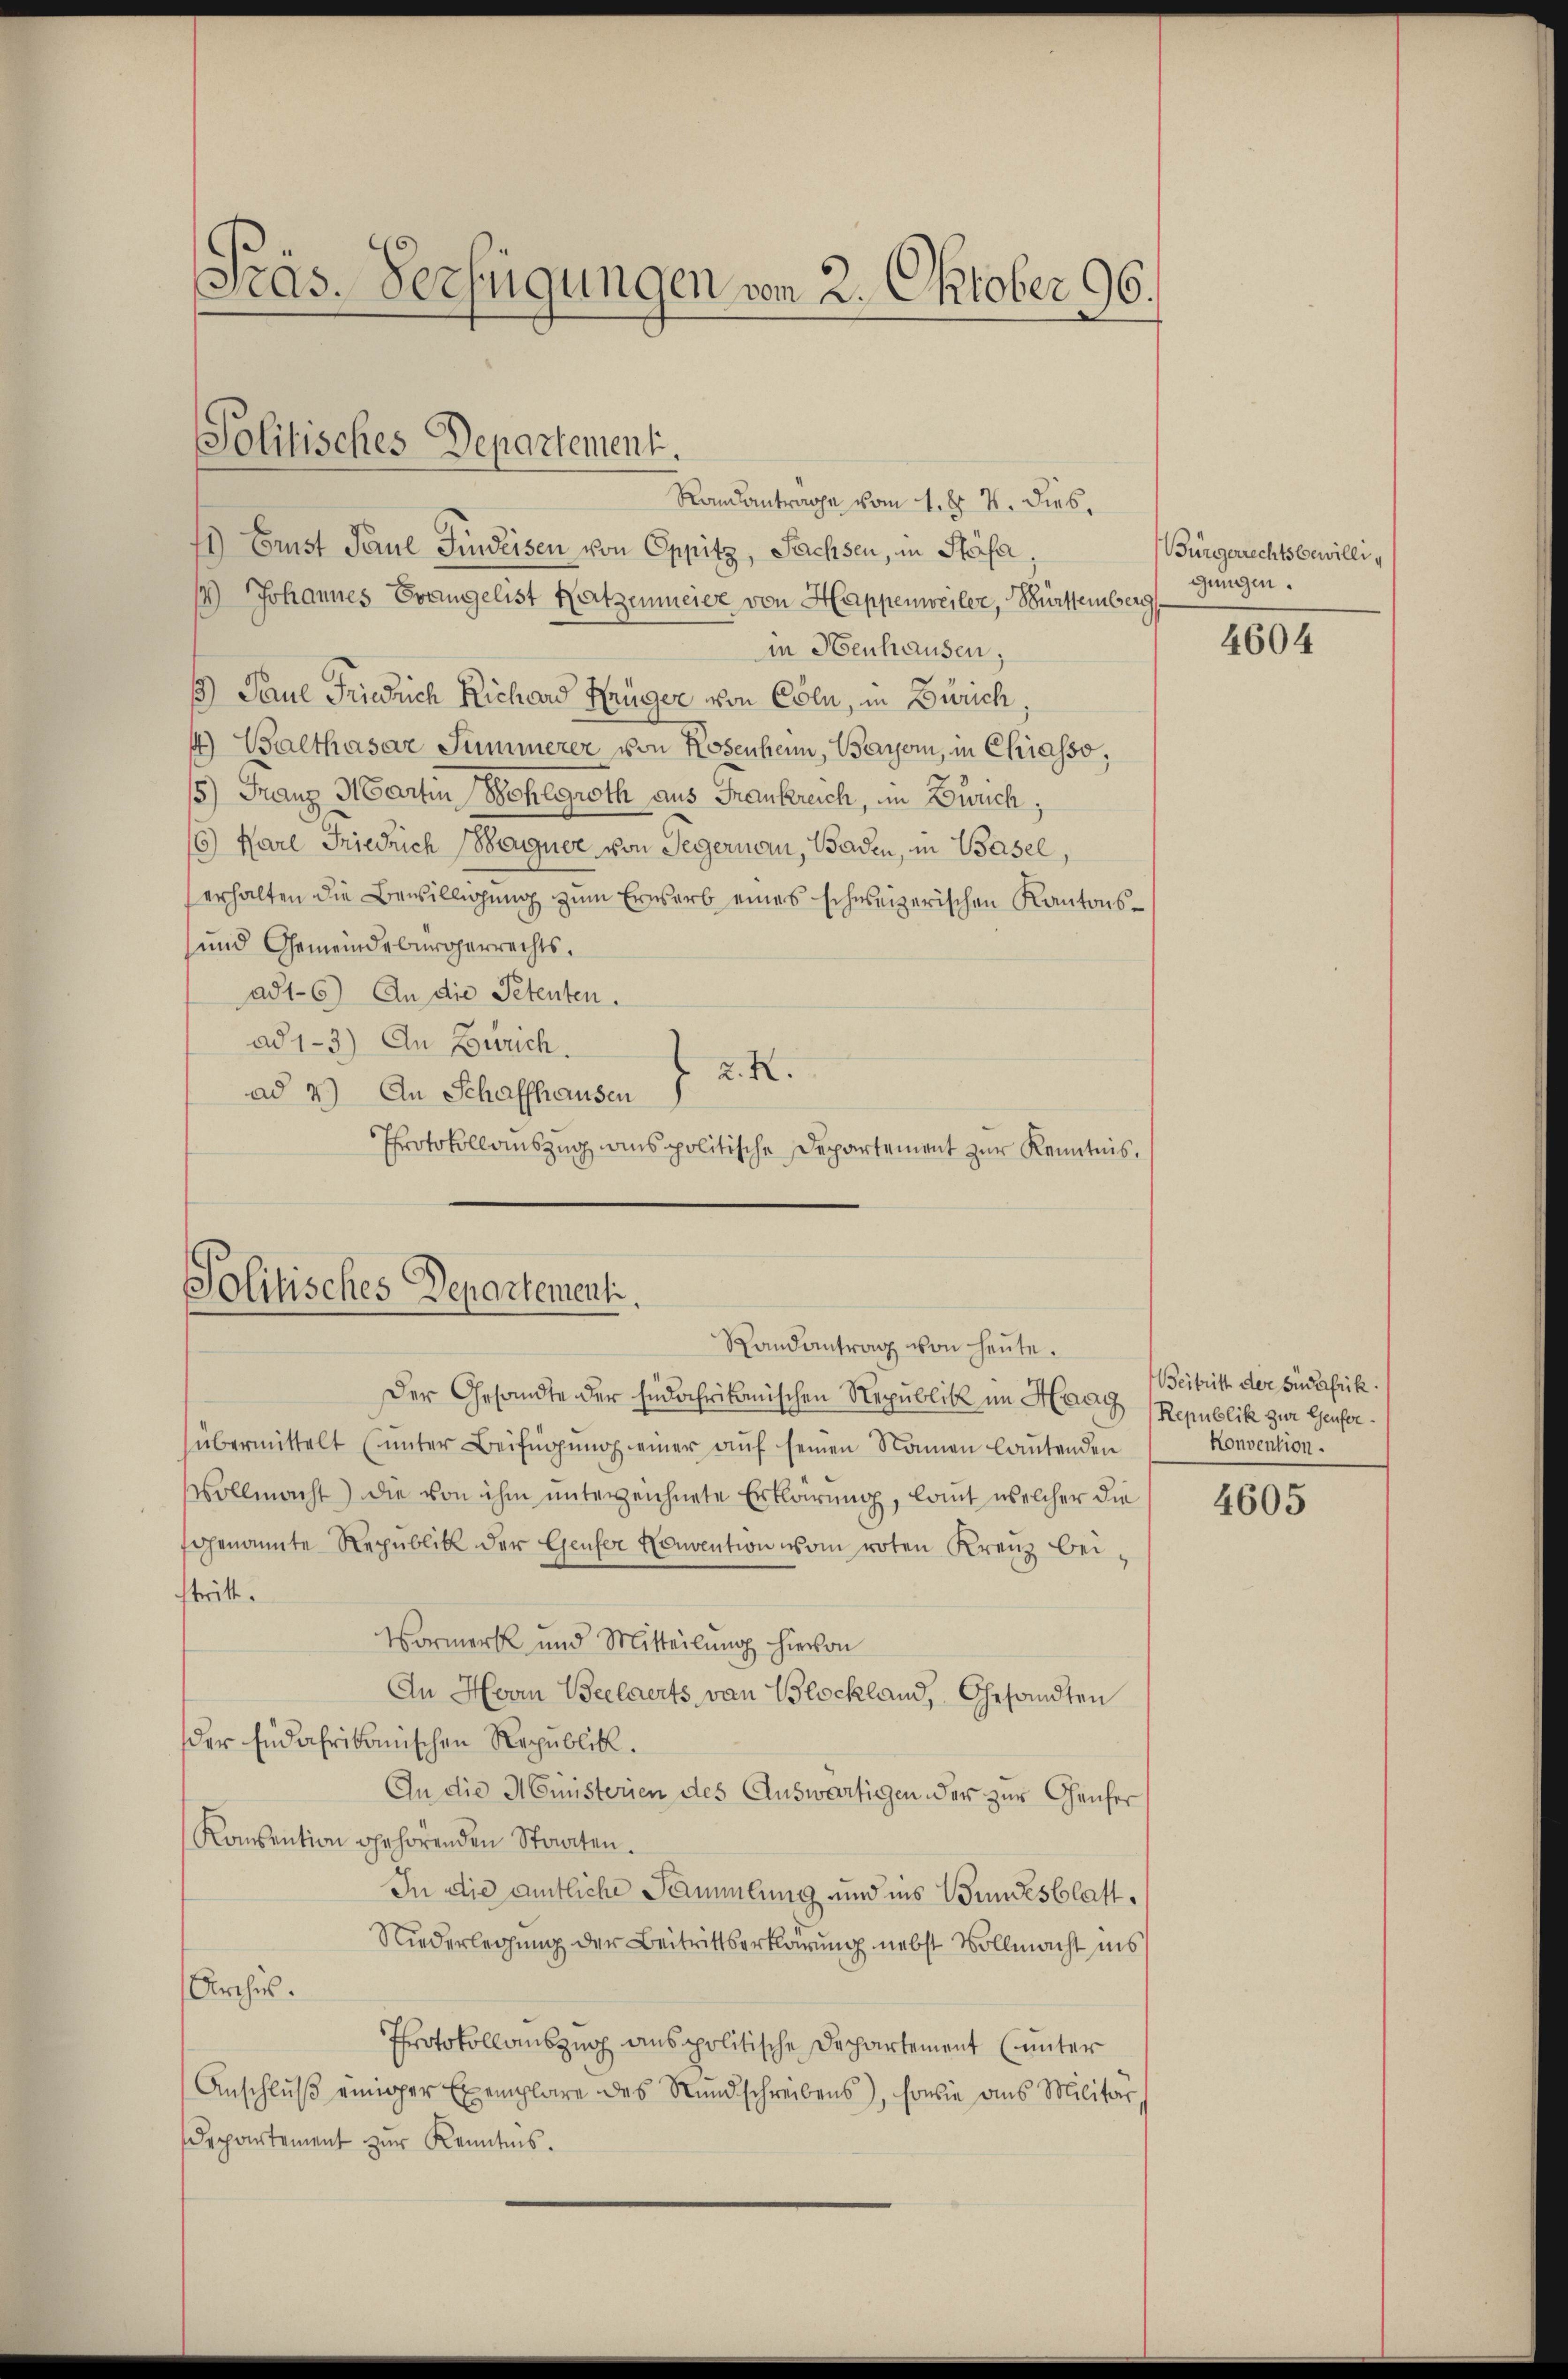
Präs. Verfügungen vom 2. Oktober 96.

Politisches Departement.

Randantrage vom 1. d. 7. dies.
1) Brust Paul Fideisen von Oppitz, Sachsen, in Stäfa
14) Johannes Evangelist Netzenmeier von Happenweiler, Württemberg
in Henhausen;
18) Paul Friedrich Richard Krüger von Cöln, in Zürich
4) Balthasar Summerer von Hosenheim, Bayer, in Chiasso,
5) Franz Martin Wohlgroth aus Frankreich, im Zürich,
6) Karl Friedrich Wagner von Tegernau, Baden, in Basel,
erhalten die Bewilligung zum Erwerb eines schweizerischen Kantons¬
und Gemeindebürgerrechtsad1-6) An die Petenten.
ad 1-3) An Zürich.
2. X.
ad 2.) An Schaffhausen
Protokollauszug ins politische Departement zur Kenntnis,

Solitisches Departementi,
Randantrag von heute.

Der Gesandte der südafrikanischen Republik im Haag Republik zur Genferübermittelt (unter Beifügung einer aŭf seinen Namen lautenden
ollmacht) die von ihm unterzeichnete Erklärung, laut welcher die
genannte Republik der Genfer Konvention vom roten Krenz beistritt.
Vormerk und Mitteilung hievon
An Hvon Beelaerts, von Blochland, Gesandten
der Endafrikanischen Republik.
In die Ministerien des Auswärtigen der zur Genfer
Konsention gehörenden Staaten.
In die amtliche Sammlung und ins Bundesblatt¬
Niederlegung der Beitrittserklärung nebst Vollmacht ins
Archis.
Protokollauszug aus politische Departement (unter
Anschlŭβ einiger Exemplare des Rundschreibens), sowie aus Militär,
Departement zur Kenntnis.

Bürgerrechtsbewilligungen.

4604

Beitritt der Südafrik
Konvention.

4605